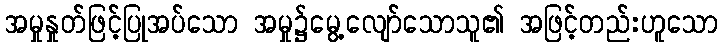
အမှုနှုတ်ဖြင့်ပြုအပ်သော အမှု၌မွေ့လျော်သောသူ၏ အဖြင့်တည်းဟူသော